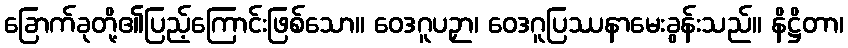
ခြောက်ခုတို့၏ပြည့်ကြောင်းဖြစ်သော။ ဝေဒဂူပဉှာ၊ ဝေဒဂူပြဿနာမေးခွန်းသည်။ နိဋ္ဌိတာ၊